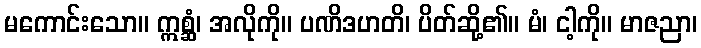
မကောင်းသော။ ဣစ္ဆံ၊ အလိုကို။ ပဏိဒဟတိ၊ ပိတ်ဆို့၏။ မံ၊ ငါ့ကို။ မာဇညာ၊